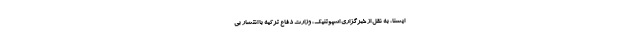
ایسنا، به نقل از خبرگزاری اسپوتنیک، وزارت دفاع ترکیه با انتشار بی